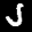
Label: 5